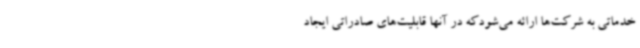
خدماتی به شرکت‌ها ارائه می‌شودکه در آنها قابلیت‌های صادراتی ایجاد